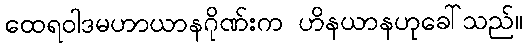
ထေရဝါဒမဟာယာနဂိုဏ်းက ဟိနယာနဟုခေါ်သည်။